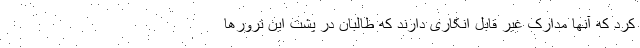
کرد که آنها مدارک غیر قابل انکاری دارند که طالبان در پشت این ترورها